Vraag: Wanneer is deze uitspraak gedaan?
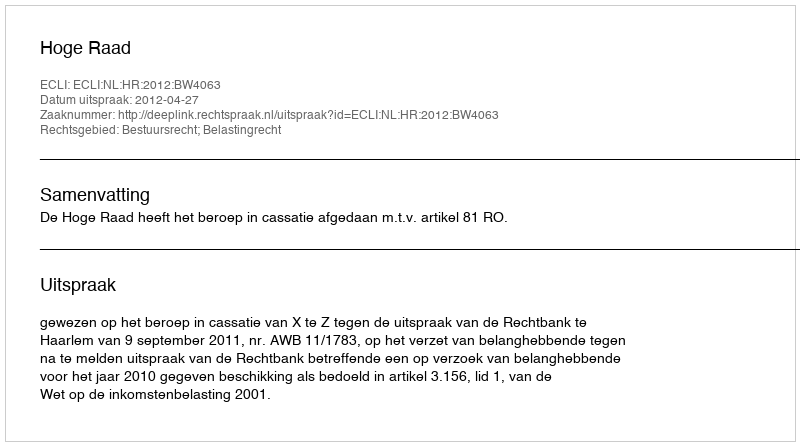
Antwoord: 2012-04-27